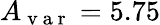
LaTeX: A_{\mathrm{~v~a~r~}}=5.75